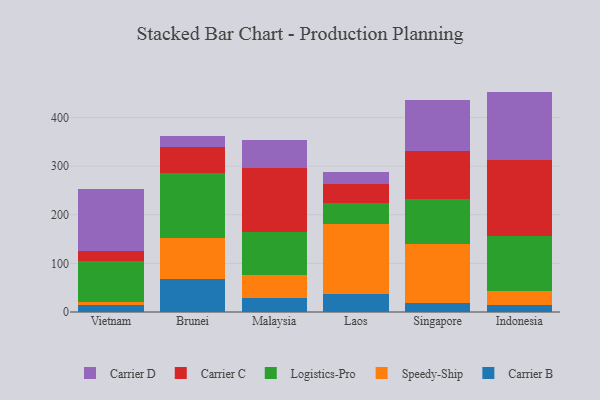
{"axis": {"x": "Country", "y": "Satisfaction Score"}, "legend": ["Carrier B", "Carrier C", "Carrier D", "Logistics-Pro", "Speedy-Ship"], "data": [{"x": "Vietnam", "y": 14.9, "type": "Carrier B"}, {"x": "Vietnam", "y": 5.4, "type": "Speedy-Ship"}, {"x": "Vietnam", "y": 83.9, "type": "Logistics-Pro"}, {"x": "Vietnam", "y": 20.4, "type": "Carrier C"}, {"x": "Vietnam", "y": 128.2, "type": "Carrier D"}, {"x": "Brunei", "y": 67.2, "type": "Carrier B"}, {"x": "Brunei", "y": 84.7, "type": "Speedy-Ship"}, {"x": "Brunei", "y": 134.7, "type": "Logistics-Pro"}, {"x": "Brunei", "y": 53.4, "type": "Carrier C"}, {"x": "Brunei", "y": 22.9, "type": "Carrier D"}, {"x": "Malaysia", "y": 29.2, "type": "Carrier B"}, {"x": "Malaysia", "y": 46.3, "type": "Speedy-Ship"}, {"x": "Malaysia", "y": 88.6, "type": "Logistics-Pro"}, {"x": "Malaysia", "y": 132.6, "type": "Carrier C"}, {"x": "Malaysia", "y": 57.6, "type": "Carrier D"}, {"x": "Laos", "y": 37.6, "type": "Carrier B"}, {"x": "Laos", "y": 143.0, "type": "Speedy-Ship"}, {"x": "Laos", "y": 43.4, "type": "Logistics-Pro"}, {"x": "Laos", "y": 38.6, "type": "Carrier C"}, {"x": "Laos", "y": 26.3, "type": "Carrier D"}, {"x": "Singapore", "y": 17.7, "type": "Carrier B"}, {"x": "Singapore", "y": 122.9, "type": "Speedy-Ship"}, {"x": "Singapore", "y": 92.8, "type": "Logistics-Pro"}, {"x": "Singapore", "y": 97.0, "type": "Carrier C"}, {"x": "Singapore", "y": 104.9, "type": "Carrier D"}, {"x": "Indonesia", "y": 15.4, "type": "Carrier B"}, {"x": "Indonesia", "y": 28.7, "type": "Speedy-Ship"}, {"x": "Indonesia", "y": 111.3, "type": "Logistics-Pro"}, {"x": "Indonesia", "y": 156.6, "type": "Carrier C"}, {"x": "Indonesia", "y": 141.4, "type": "Carrier D"}]}